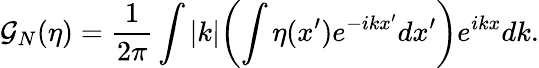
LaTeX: \mathcal{G}_{N}(\eta)=\frac{1}{2\pi}\int|k|\biggl(\int\eta(x^{\prime})e^{-ikx^{\prime}}dx^{\prime}\biggl)e^{ikx}dk.